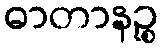
ဓာတာနဉ္စ